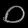
Digit: ၀